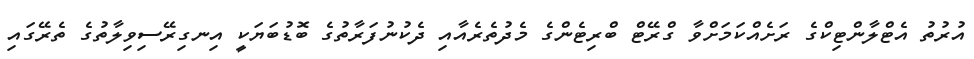
އުރުތު އެޓްލާންޓިކްގެ ރަށެއްކަމަށްވާ ގްރޭޓް ބްރިޓެންގެ މެދުތެރެއާއި ދެކުނުފަރާތުގެ ބޮޑުބަޔަކީ އިނގިރޭސިވިލާތުގެ ތެރޭގައި